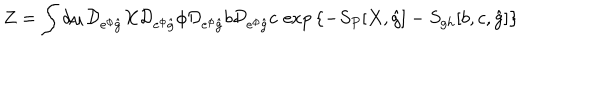
Z = \int d \mu \, { \cal D } _ { e ^ { \phi } \hat { g } } X { \cal D } _ { e ^ { \phi } \hat { g } } \phi { \cal D } _ { e ^ { \phi } \hat { g } } b { \cal D } _ { e ^ { \phi } \hat { g } } c \, \exp { \left\{ - S _ { P } [ X , \hat { g } ] - S _ { g h } [ b , c , \hat { g } ] \right\} }